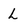
Character: L